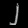
Digit: ၂